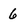
Character: 6